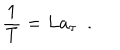
{ \frac { 1 } { T } } = L a _ { \tau } ~ ~ .